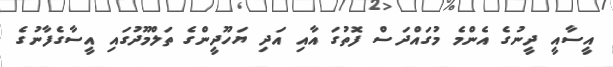
އީސާއީ ދީނުގެ އެންމެ މުގައްދަސް ފޮތުގަ އާއި އަދި ޔަހޫދީންގެ ތަލްމޫދުގައި އީސާގެފާނުގެ